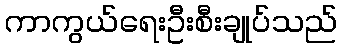
ကာကွယ်ရေးဦးစီးချုပ်သည်